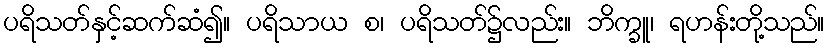
ပရိသတ်နှင့်ဆက်ဆံ၍။ ပရိသာယ စ၊ ပရိသတ်၌လည်း။ ဘိက္ခူ၊ ရဟန်းတို့သည်။